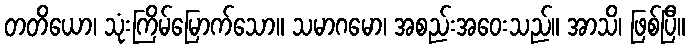
တတိယော၊ သုံးကြိမ်မြောက်သော။ သမာဂမော၊ အစည်းအဝေးသည်။ အာသိ၊ ဖြစ်ပြီ။